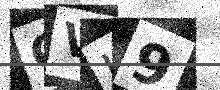
Text: GVJ9